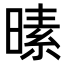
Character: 𪰸